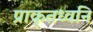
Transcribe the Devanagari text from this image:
प्राकृतध्वनि